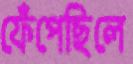
ফেঁপেছিলে